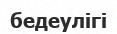
бедеулігі